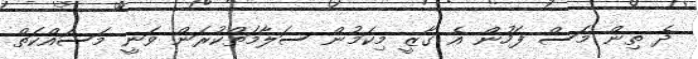
ދެ ތިން މަސް ފަހުން އެ ގާޒީ މިކަމުން ސަލާމަތްކުރަން ވަނީ މަސައްކަތް